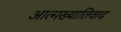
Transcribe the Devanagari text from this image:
आत्मख्यातिवाद